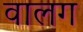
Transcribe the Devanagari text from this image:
वालग